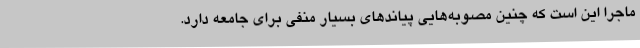
ماجرا این است که چنین مصوبه‌هایی پیاندهای بسیار منفی برای جامعه دارد.